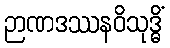
ဉာဏဒဿနဝိသုဒ္ဓိံ